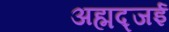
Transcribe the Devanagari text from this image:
अह्मद्जई